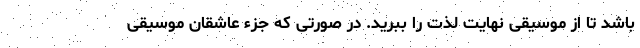
باشد تا از موسیقی نهایت لذت را ببرید. در صورتی که جزء عاشقان موسیقی